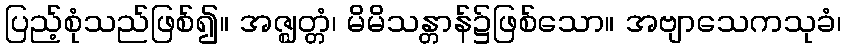
ပြည့်စုံသည်ဖြစ်၍။ အဇ္ဈတ္တံ၊ မိမိသန္တာန်၌ဖြစ်သော။ အဗျာသေကသုခံ၊